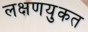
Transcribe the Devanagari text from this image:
लक्षणयुकत